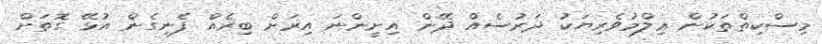
މިސްކިތްތަކުން ޢިލްމުވެރިޔަކު ދަރުސެއް ދޭން އިށީންނަ އިރަށް ބިރެއް ފެނިގެން އުޅޭ ގޮތަށް